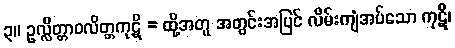
၃။ ဥလ္လိတ္တာဝလိတ္တကုဋိ = ထို့အတူ အတွင်းအပြင် လိမ်းကျံအပ်သော ကုဋိ၊